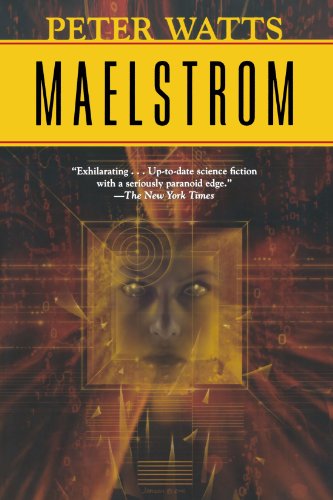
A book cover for Maelstrom (Rifters Trilogy); Peter Watts; Science Fiction & Fantasy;